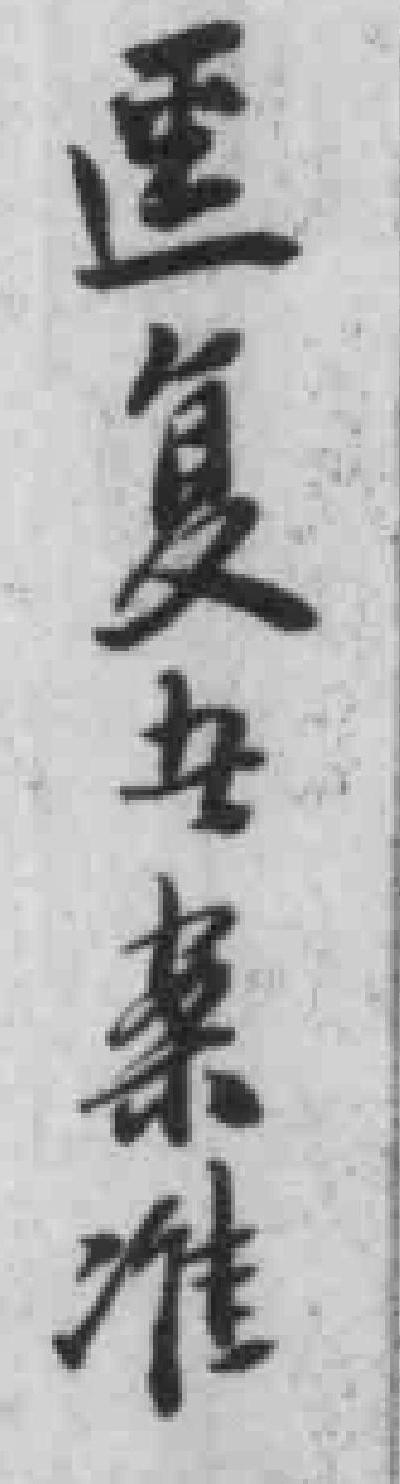
*复*案准